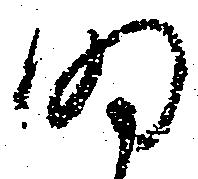
明